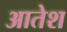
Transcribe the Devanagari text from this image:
आतेश